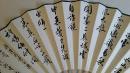
早岁那知世事艰，中原北望气如山。